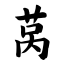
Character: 莴